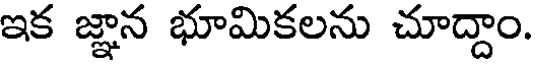
ఇక జ్ఞాన భూమికలను చూద్దాం.